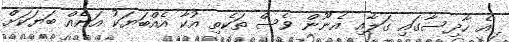
އެ ހާދިސާގައި ގަލާއި އެނޫން ވެސް ތަކެތި އުކާ އެއްބަޔަކު އަނެއް ބަޔަކަށް